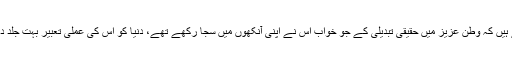
لیکن ہم عہد کرتے ہیں کہ وطن عزیز میں حقیقی تبدیلی کے جو خواب اُس نے اپنی آنکھوں میں سجا رکھے تھے، دنیا کو اس کی عملی تعبیر بہت جلد دکھا کر دم لیں گے۔